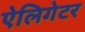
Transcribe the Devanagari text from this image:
ऐलिगेटर